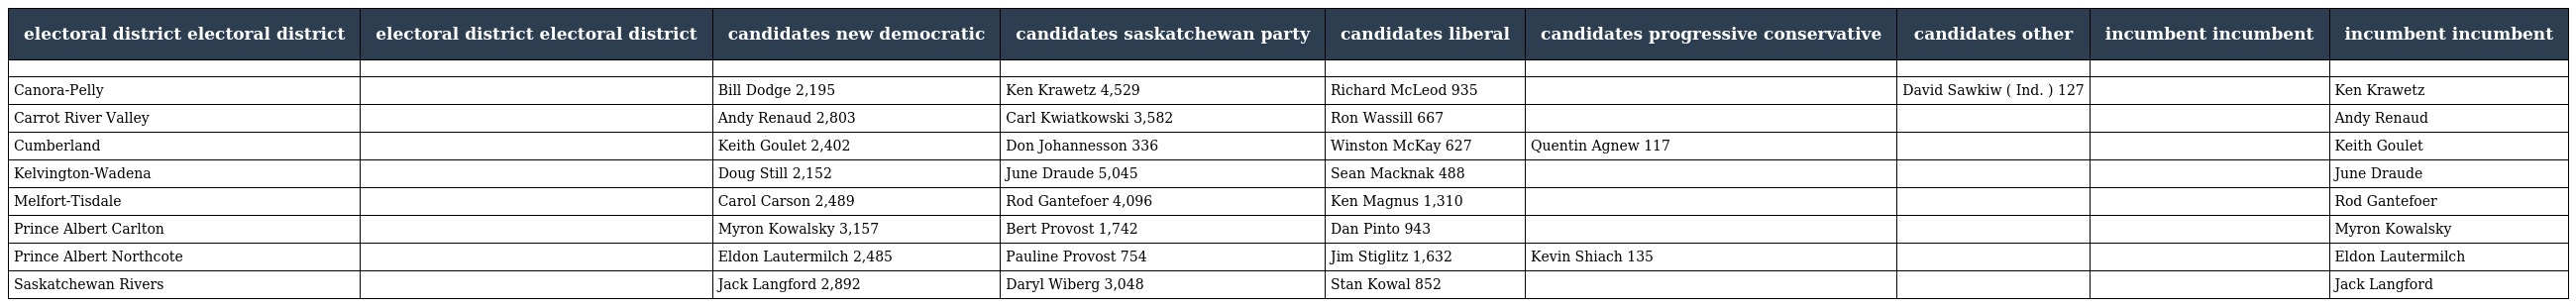
| electoral district electoral district | electoral district electoral district | candidates new democratic | candidates saskatchewan party | candidates liberal | candidates progressive conservative | candidates other | incumbent incumbent | incumbent incumbent |
 | --- | --- | --- | --- | --- | --- | --- | --- | --- |
 |  |  |  |  |  |  |  |  |  |
 | Canora-Pelly |  | Bill Dodge 2,195 | Ken Krawetz 4,529 | Richard McLeod 935 |  | David Sawkiw ( Ind. ) 127 |  | Ken Krawetz |
 | Carrot River Valley |  | Andy Renaud 2,803 | Carl Kwiatkowski 3,582 | Ron Wassill 667 |  |  |  | Andy Renaud |
 | Cumberland |  | Keith Goulet 2,402 | Don Johannesson 336 | Winston McKay 627 | Quentin Agnew 117 |  |  | Keith Goulet |
 | Kelvington-Wadena |  | Doug Still 2,152 | June Draude 5,045 | Sean Macknak 488 |  |  |  | June Draude |
 | Melfort-Tisdale |  | Carol Carson 2,489 | Rod Gantefoer 4,096 | Ken Magnus 1,310 |  |  |  | Rod Gantefoer |
 | Prince Albert Carlton |  | Myron Kowalsky 3,157 | Bert Provost 1,742 | Dan Pinto 943 |  |  |  | Myron Kowalsky |
 | Prince Albert Northcote |  | Eldon Lautermilch 2,485 | Pauline Provost 754 | Jim Stiglitz 1,632 | Kevin Shiach 135 |  |  | Eldon Lautermilch |
 | Saskatchewan Rivers |  | Jack Langford 2,892 | Daryl Wiberg 3,048 | Stan Kowal 852 |  |  |  | Jack Langford |